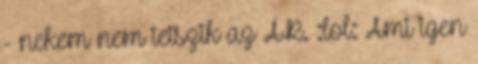
- nekem nem tetszik az ÁR. :lol: Ami igen